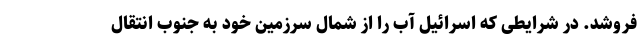
فروشد. در شرایطی که اسرائیل آب را از شمال سرزمین خود به جنوب انتقال